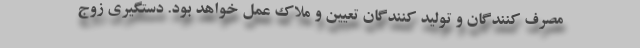
مصرف کنندگان و تولید کنندگان تعیین و ملاک عمل خواهد بود. دستگیری زوج